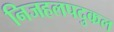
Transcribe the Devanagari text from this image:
निजहलपदुकल